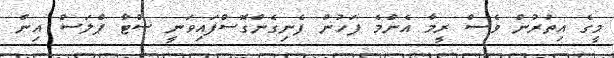
މީގެ އިތުރުން ވެސް ރީމާ އެންމެ ފަހުން ފެނިގެންގޮސްފައިވަނީ ސްޓާ ޕްލަސް އިން